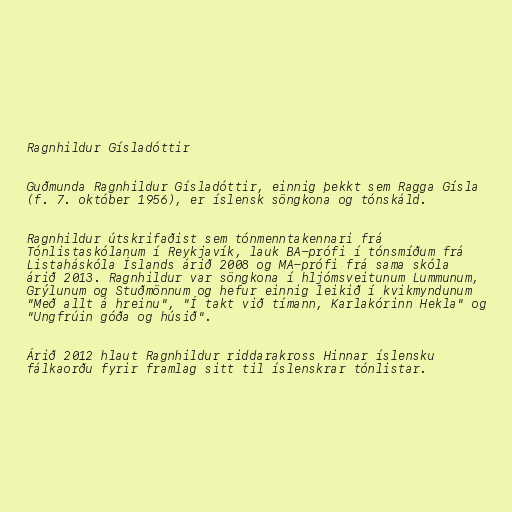
Ragnhildur Gísladóttir

Guðmunda Ragnhildur Gísladóttir, einnig þekkt sem Ragga Gísla
(f. 7. október 1956), er íslensk söngkona og tónskáld.

Ragnhildur útskrifaðist sem tónmenntakennari frá
Tónlistaskólanum í Reykjavík, lauk BA-prófi í tónsmíðum frá
Listaháskóla Íslands árið 2008 og MA-prófi frá sama skóla
árið 2013. Ragnhildur var söngkona í hljómsveitunum Lummunum,
Grýlunum og Stuðmönnum og hefur einnig leikið í kvikmyndunum
"Með allt á hreinu", "Í takt við tímann, Karlakórinn Hekla" og
"Ungfrúin góða og húsið".

Árið 2012 hlaut Ragnhildur riddarakross Hinnar íslensku
fálkaorðu fyrir framlag sitt til íslenskrar tónlistar.